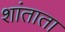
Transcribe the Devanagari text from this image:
शांताता